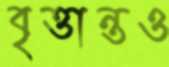
বৃত্তান্তও